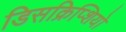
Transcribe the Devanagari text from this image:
डिसक्रिप्शियो